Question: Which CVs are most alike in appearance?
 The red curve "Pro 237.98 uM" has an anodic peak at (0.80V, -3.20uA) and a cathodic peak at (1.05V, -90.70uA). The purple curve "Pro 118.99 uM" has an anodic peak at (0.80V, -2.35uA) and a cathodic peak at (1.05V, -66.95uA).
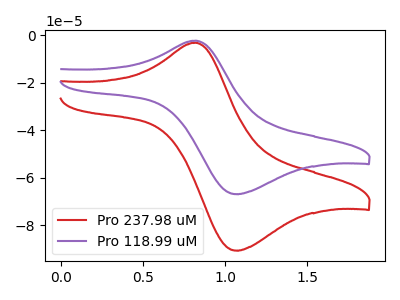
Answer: <think>All the peaks in "Pro 237.98 uM" have a peak in "Pro 118.99 uM" at the same potential.
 </think>
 <answer>"Pro 237.98 uM" and "Pro 118.99 uM" have the same shape and are likely CV's of the same chemical.</answer>
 <eval>"Pro 237.98 uM" "Pro 118.99 uM"</eval>